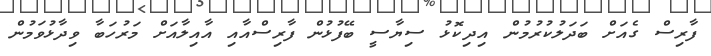
ފާރިސް ގެއަށް ބަދަލުކުރުމުން އިދިކޮޅު ސިޔާސީ ބޭފުޅުން ފާރިސްއާއި އާއިލާއަށް މަރުހަބާ ވިދާޅުވަމުން